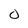
Character: O